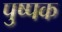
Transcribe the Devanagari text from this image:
पुष्‍पक